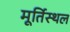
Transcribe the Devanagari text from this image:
मूर्तिस्थल